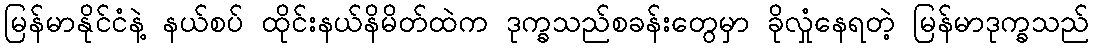
မြန်မာနိုင်ငံနဲ့ နယ်စပ် ထိုင်းနယ်နိမိတ်ထဲက ဒုက္ခသည်စခန်းတွေမှာ ခိုလှုံနေရတဲ့ မြန်မာဒုက္ခသည်